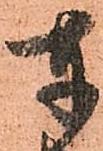
奉